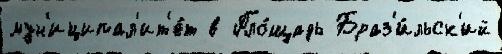
мун'иципал'ит'е́т в Пло́щадь Браз'и́льск'ий